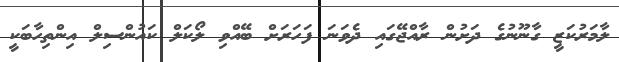
ލާމަރުކަޒީ ގާނޫނުގެ ދަށުން ރާއްޖޭގައި ދެވަނަ ފަހަރަށް ބޭއްވި ލޯކަލް ކައުންސިލް އިންތިހާބަކީ